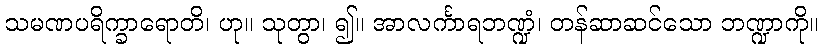
သမဏပရိက္ခာရောတိ၊ ဟု။ သုတွာ၊ ၍။ အာလင်္ကာရဘဏ္ဍံ၊ တန်ဆာဆင်သော ဘဏ္ဍာကို။